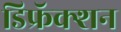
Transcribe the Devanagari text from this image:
डिफ्रॅक्शन